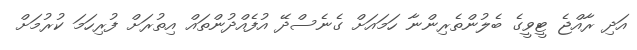
އަދި ރާއްޖެ ޓީވީގެ ބެލުންތެރިންނާ ހަމައަށް ގެނެސްދޭ އުފެއްދުންތައް އިތުރަށް ފުރިހަމަ ކުރުމަށް